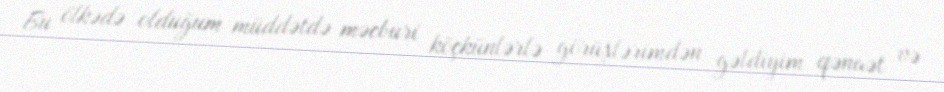
Bu ölkədə olduğum müddətdə məcburi köçkünlərlə görüşlərimdən gəldiyim qənaət və